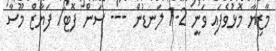
މާޒިޔާ މޮޅުވެފައި ވަނީ 2-1 ލަނޑުން --- ސަން ފޮޓޯ/ ފަޔާޒް މޫސާ